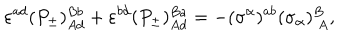
\varepsilon ^ { a d } ( P _ { \pm } ) _ { A d } ^ { B b } + \varepsilon ^ { b d } ( P _ { \pm } ) _ { A d } ^ { B a } = - ( \sigma ^ { \alpha } ) ^ { a b } ( \sigma _ { \alpha } ) _ { ~ A } ^ { B } , \,